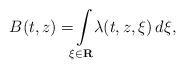
LaTeX: \begin{align*} B ( t , z ) = \! \! \int \limits _ { \xi \in \mathbf R } \! \! \lambda ( t , z , \xi ) \, d \xi ,\end{align*}